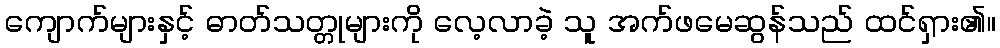
ကျောက်များနှင့် ဓာတ်သတ္တုများကို လေ့လာခဲ့ သူ အက်ဖမေဆွန်သည် ထင်ရှား၏။